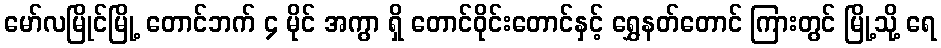
မော်လမြိုင်မြို့ တောင်ဘက် ၄ မိုင် အကွာ ရှိ တောင်ဝိုင်းတောင်နှင့် ရွှေနတ်တောင် ကြားတွင် မြို့သို့ ရေ